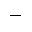
-